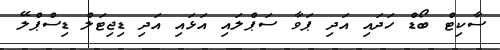
ސާކިޓް ބޯޑް ހަދައި އަދި ޕަވާ ސަޕްލައި އަޅައި އަދި ޑިޖިޓަލް ޑިސްޕްލޭ